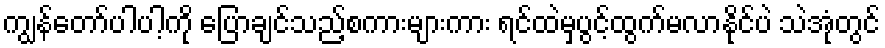
ကျွန်တော်ပါပါ့ကို ပြောချင်သည့်စကားများကား ရင်ထဲမှပွင့်ထွက်မလာနိုင်ပဲ သဲအုံတွင်